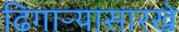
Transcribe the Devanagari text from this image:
ढिगाऱ्यासारखे